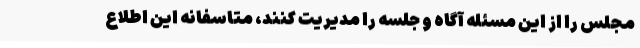
مجلس را از این مسئله آگاه و جلسه را مدیریت کنند،‌ متاسفانه این اطلاع